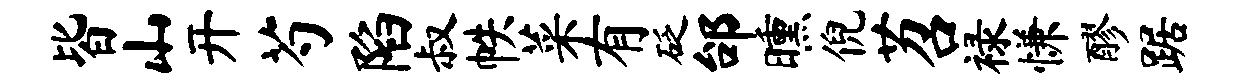
皆山开芍陷叔帙菜有砭邰曛倪苕禄慊醪踞